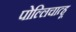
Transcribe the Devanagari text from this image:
पोल्लिचात्हू